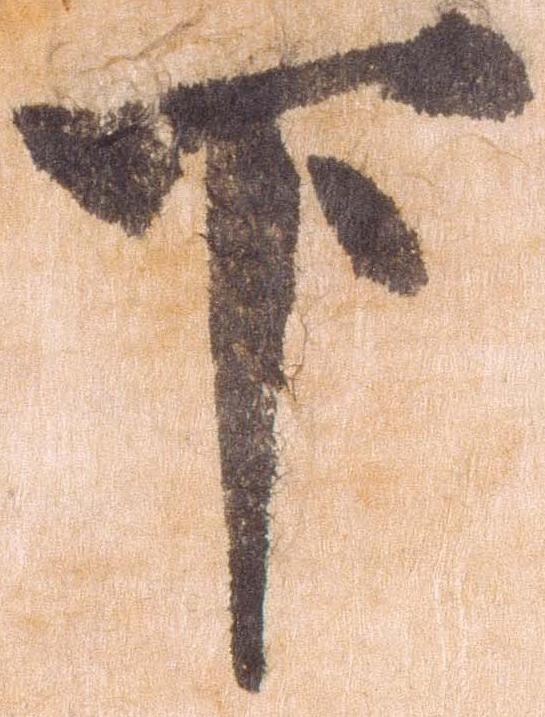
下